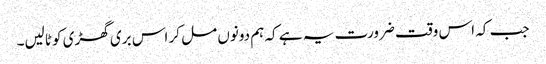
جب کہ اس وقت ضرورت یہ ہے کہ ہم دونوں مل کر اس بری گھڑی کو ٹالیں۔